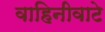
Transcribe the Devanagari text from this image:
वाहिनीवाटे